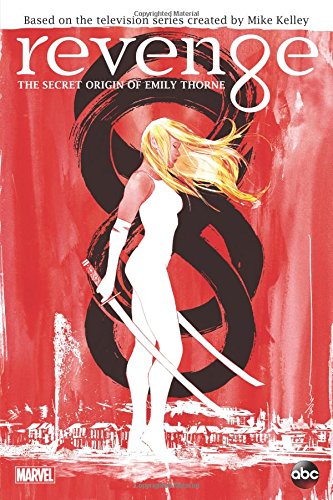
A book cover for Revenge: The Secret Origin of Emily Thorne; Ted Sullivan; Comics & Graphic Novels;